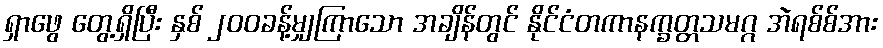
ရှာဖွေ တွေ့ရှိပြီး နှစ် ၂၀၀ခန့်မျှကြာသော အချိန်တွင် နိုင်ငံတကာနက္ခတ္တသမဂ္ဂ အဲရစ်စ်အား